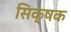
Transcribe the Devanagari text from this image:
सिक्षक